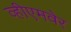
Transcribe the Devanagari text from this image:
व्हीएमवेर